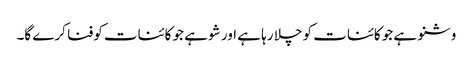
وشنو ہے جو کائنات کو چلا رہا ہے اور شو ہے جو کائنات کوفنا کرے گا۔